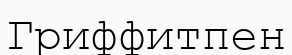
Гриффитпен